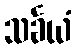
သင်္ခယံ